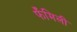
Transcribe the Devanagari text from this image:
फँमिली